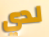
لدي